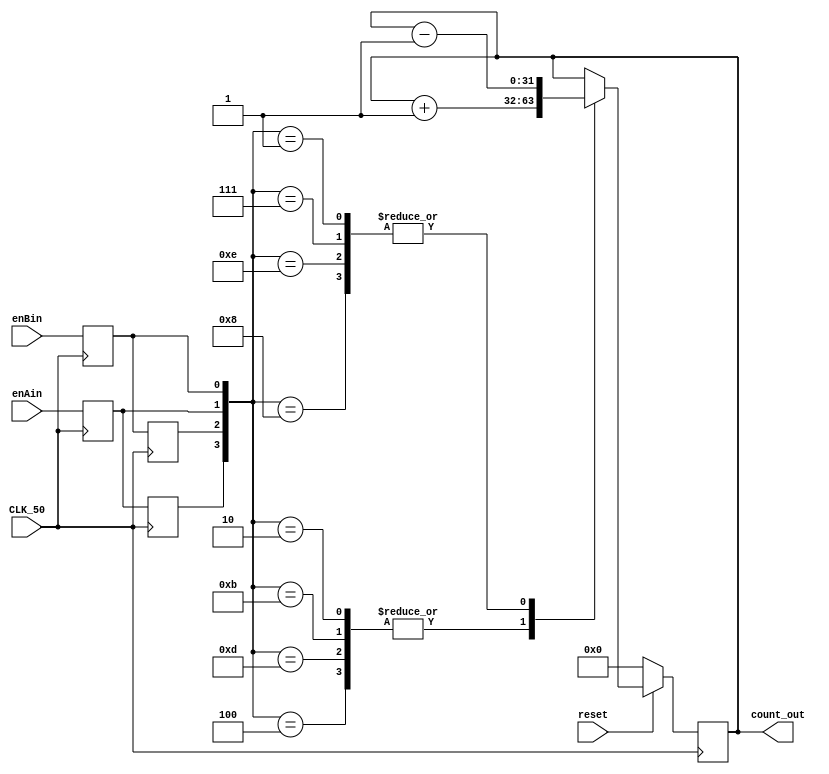
module EncoderAngle (input CLK_50, input enAin, input enBin, input reset, output wire [31:0] count_out);
reg As, Bs; // synchronised A, B
reg A_prev, B_prev;
reg [31:0] count;
// Need to make count 32 bits?
assign count_out = count;
//assign count_out = 32'bffffffff;


always@(posedge CLK_50) begin
	// synchroniser with one clock period
	// metastable settling time
 	As <= enAin; Bs <= enBin;

	// previous update
	A_prev <= As; B_prev <= Bs;
end

always @(posedge CLK_50)
	if (~reset) count <= 0;
 	else case({A_prev, B_prev, As, Bs})
		4'b0010, 4'b1011, 4'b1101, 4'b0100: 
			count <= count + 1'b1; 
		4'b0001, 4'b0111, 4'b1110, 4'b1000: 
			count <= count - 1'b1;
	default: ;// do nothing since double 
	// transition - could flag error here
	

 endcase

endmodule